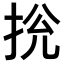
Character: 𢬁